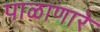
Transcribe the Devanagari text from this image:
पाळाणारे